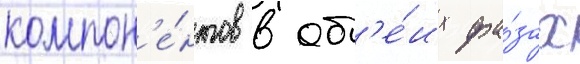
компон'е́нтов в об'е́их фа́зах